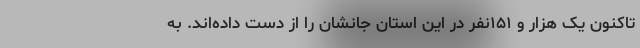
تاکنون یک هزار و ۱۵۱نفر در این استان جانشان را از دست داده‌اند. به